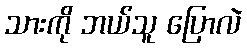
သားကို ဘယ်သူ ပြောလဲ